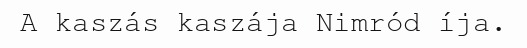
A kaszás kaszája Nimród íja.